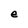
Character: e